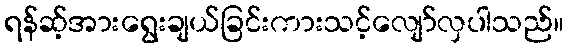
ရန်ဆ့်အားရွေးချယ်ခြင်းကားသင့်လျော်လှပါသည်။